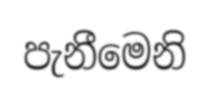
පැනීමෙනි